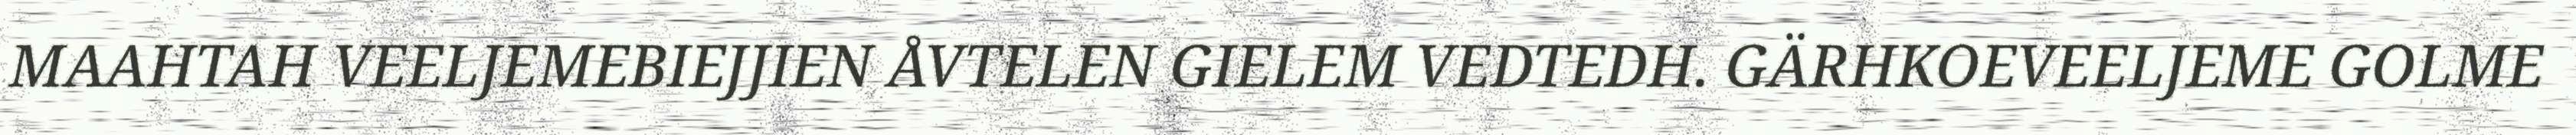
MAAHTAH VEELJEMEBIEJJIEN ÅVTELEN GIELEM VEDTEDH. GÄRHKOEVEELJEME GOLME